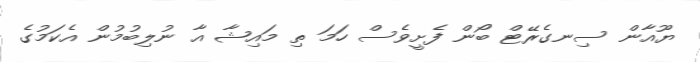
ޔޫއާން ސިނގެރޭޓް ބޯން ފެށީވެސް ހަމަ ތި މައިޝާ އާ ނުލިބުމުން އެކަމުގެ